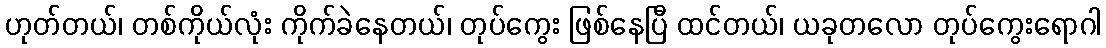
ဟုတ်တယ်၊ တစ်ကိုယ်လုံး ကိုက်ခဲနေတယ်၊ တုပ်ကွေး ဖြစ်နေပြီ ထင်တယ်၊ ယခုတလော တုပ်ကွေးရောဂါ